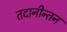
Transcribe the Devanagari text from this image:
तदानीन्तन